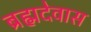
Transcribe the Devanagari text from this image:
ब्रह्मदेवास